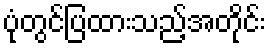
ပုံတွင်ပြထားသည့်အတိုင်း